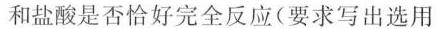
和盐酸是否恰好完全反应(要求写出选用